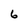
Character: 6